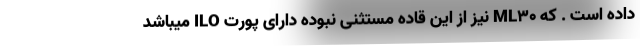
داده است . که ML30 نیز از این قاده مستثنی نبوده دارای پورت ILO میباشد